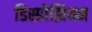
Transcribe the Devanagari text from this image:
डिस्प्रोझियम